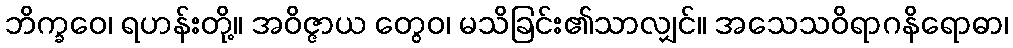
ဘိက္ခဝေ၊ ရဟန်းတို့။ အဝိဇ္ဇာယ တွေဝ၊ မသိခြင်း၏သာလျှင်။ အသေသဝိရာဂနိရောဓာ၊